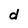
Character: d